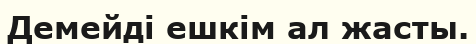
Демейді ешкім ал жасты.